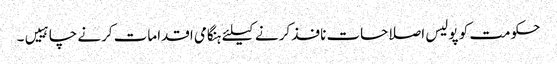
حکومت کو پولیس اصلاحات نافذ کرنے کیلئے ہنگامی اقدامات کرنے چاہییں۔